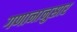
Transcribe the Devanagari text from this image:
गणानानुसार